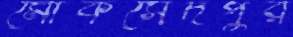
মোকসেদপুর